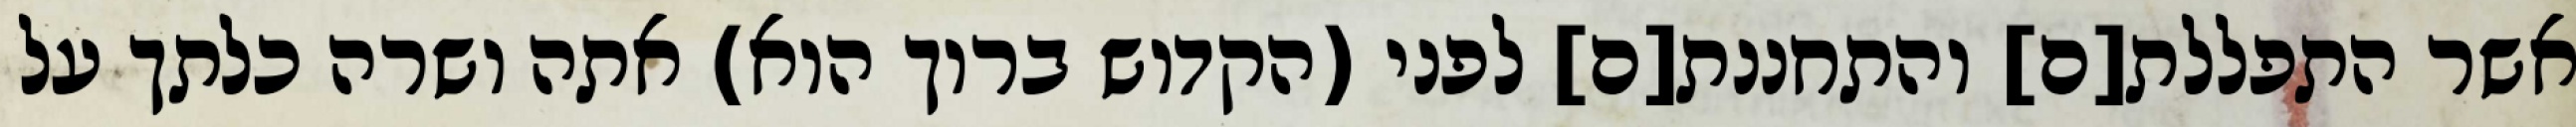
אשר התפללת[ם] והתחננת[ם] לפני (הקדוש ברוך הוא) אתה ושרה כלתך על